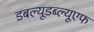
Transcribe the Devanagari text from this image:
डबल्यूडब्ल्यूएफ